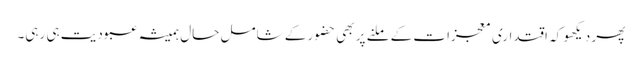
پھر دیکھو کہ اقتداری معجزات کے ملنے پر بھی حضور کے شامل حال ہمیشہ عبودیت ہی رہی۔